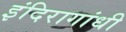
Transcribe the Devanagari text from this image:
इंदिरागांधी